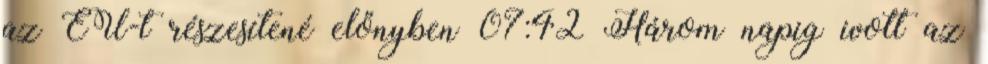
az EU-t részesítené előnyben 07:42 Három napig ivott az